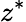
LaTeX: z^{*}